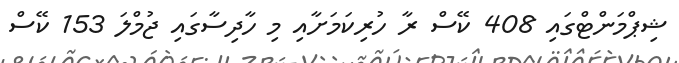
ޝިޕްމަންޓްގައި 408 ކޭސް ރާ ހުރިކަމަށާއި މި ހާދިސާގައި ޖުމްލަ 153 ކޭސް